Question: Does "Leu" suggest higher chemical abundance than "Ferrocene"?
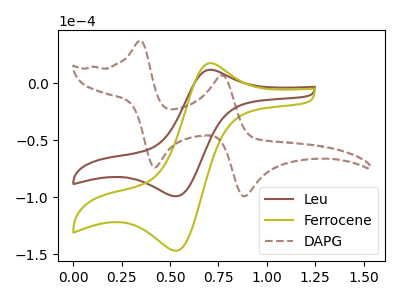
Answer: <think>The brown curve "Leu" has an anodic peak at (0.70V, 11.80uA) and a cathodic peak at (0.55V, -99.05uA). The olive curve "Ferrocene" has an anodic peak at (0.70V, 17.55uA) and a cathodic peak at (0.55V, -146.85uA). The brown dashed curve "DAPG" has anodic peaks at (0.35V, 37.55uA) (0.75V, 7.20uA) and cathodic peaks at (0.40V, -73.85uA) (0.90V, -99.10uA).
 All the peaks in "Leu" have a peak in "Ferrocene" at the same potential. Every peak in "Leu" is lower than every peak in "Ferrocene".</think>
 <answer>"Leu" has less signal than "Ferrocene".</answer>
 <eval>less_signal</eval>